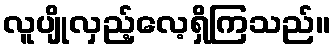
လူပျိုလှည့်လေ့ရှိကြသည်။